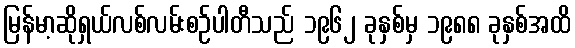
မြန်မာ့ဆိုရှယ်လစ်လမ်းစဉ်ပါတီသည် ၁၉၆၂ ခုနှစ်မှ ၁၉၈၈ ခုနှစ်အထိ